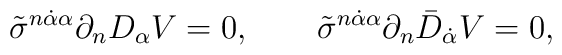
\tilde\sigma^{n\dot\alpha\alpha}\partial_nD_\alpha V=0, \qquad\tilde\sigma^{n\dot\alpha\alpha}\partial_n\bar D_{\dot\alpha}V=0,